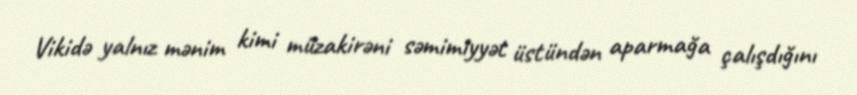
Vikidə yalnız mənim kimi müzakirəni səmimiyyət üstündən aparmağa çalışdığını